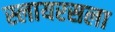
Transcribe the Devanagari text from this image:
स्लायरसला